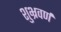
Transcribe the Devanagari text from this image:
शुभ्रवर्ण